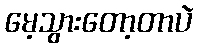
မေ့သွားတော့တာပဲ